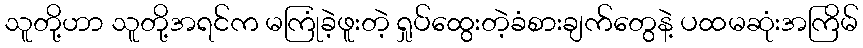
သူတို့ဟာ သူတို့အရင်က မကြုံခဲ့ဖူးတဲ့ ရှုပ်ထွေးတဲ့ခံစားချက်တွေနဲ့ ပထမဆုံးအကြိမ်